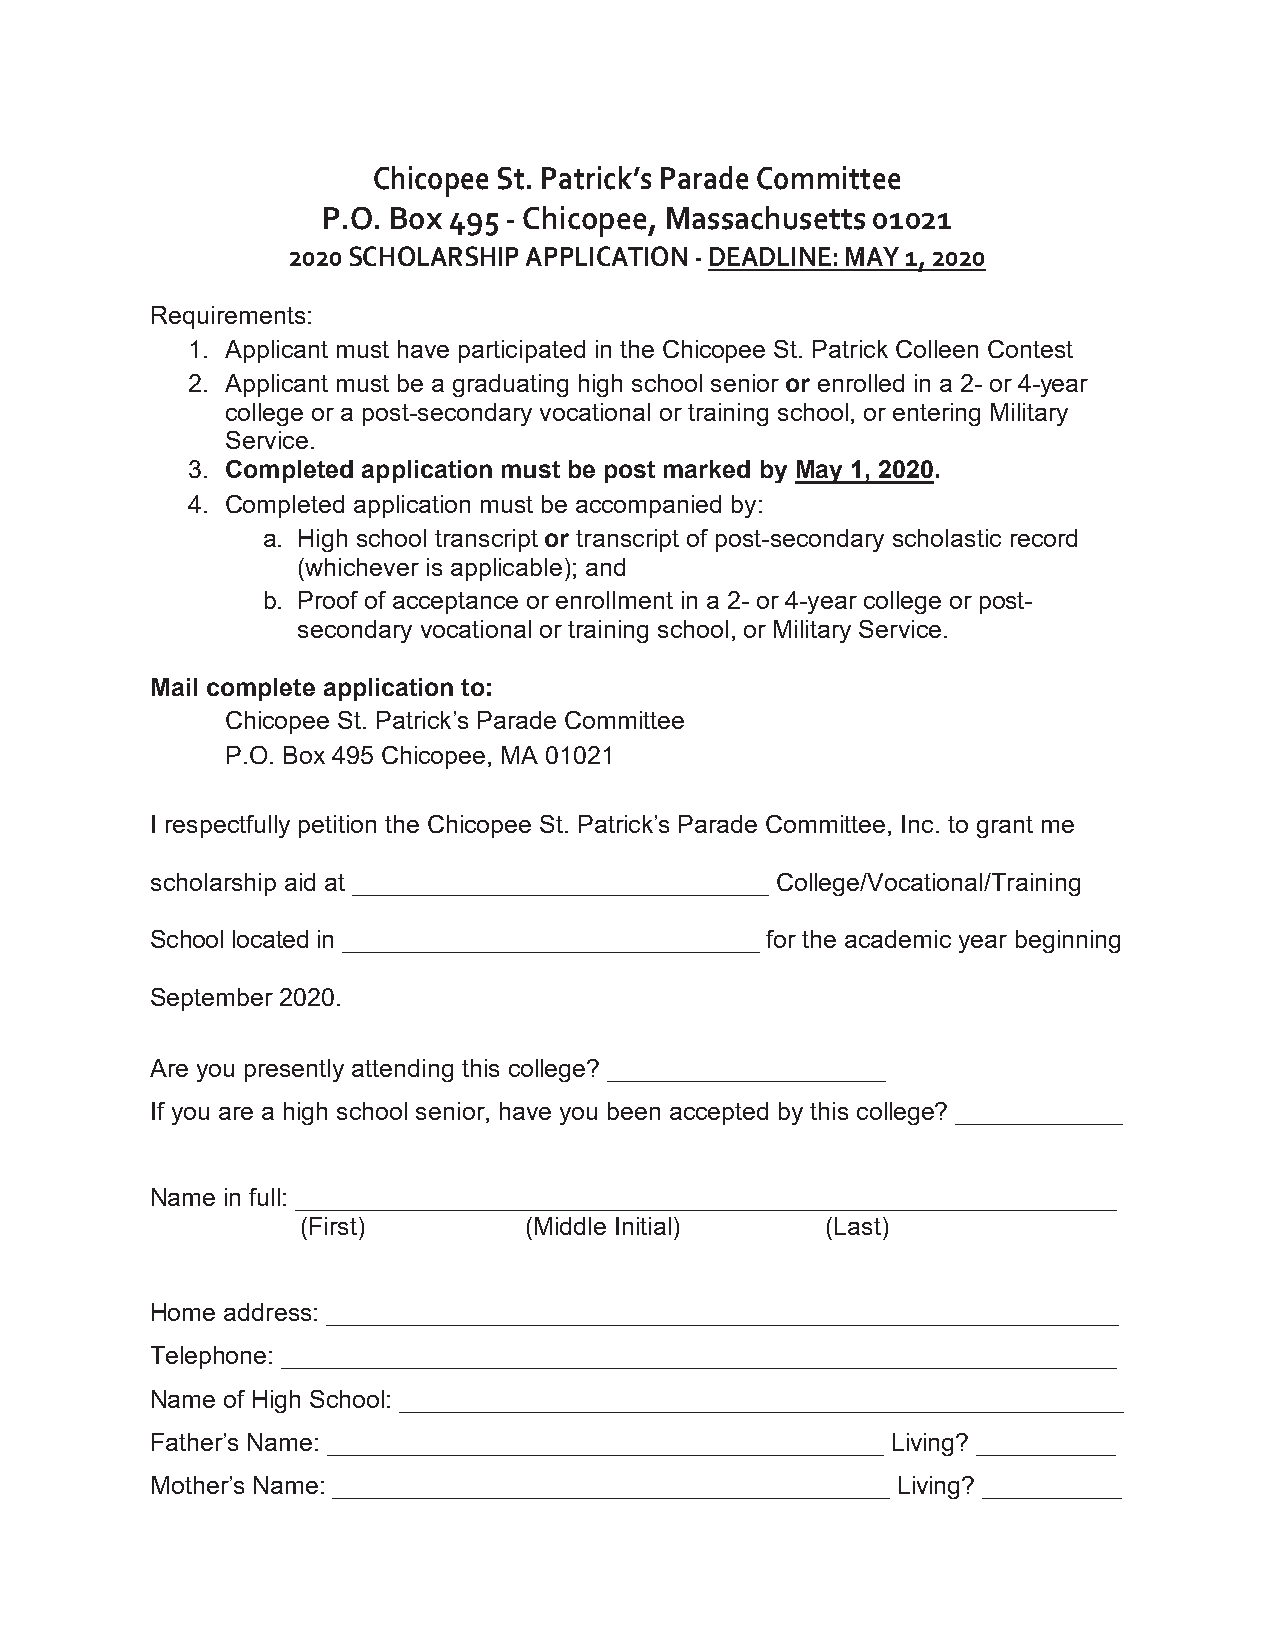
Chicopee St. Patrick’s Parade Committee
 P.O. Box 495 - Chicopee, Massachusetts 01021
 2020 SCHOLARSHIP APPLICATION - DEADLINE: MAY 1, 2020
 Requirements:
 1. Applicant must have participated in the Chicopee St. Patrick Colleen Contest
 2. Applicant must be a graduating high school senior or enrolled in a 2- or 4-year
 college or a post-secondary vocational or training school, or entering Military
 Service.
 3. Completed application must be post marked by May 1, 2020.
 4. Completed application must be accompanied by:
 a. High school transcript or transcript of post-secondary scholastic record
 (whichever is applicable); and
 b. Proof of acceptance or enrollment in a 2- or 4-year college or post-
 secondary vocational or training school, or Military Service.
 Mail complete application to:
 Chicopee St. Patrick’s Parade Committee
 P.O. Box 495 Chicopee, MA 01021
 I respectfully petition the Chicopee St. Patrick’s Parade Committee, Inc. to grant me
 scholarship aid at ______________________________ College/Vocational/Training
 School located in ______________________________ for the academic year beginning
 September 2020.
 Are you presently attending this college? ____________________
 If you are a high school senior, have you been accepted by this college? ____________
 Name in full: ___________________________________________________________
 (First)        (Middle Initial)    (Last)
 Home address: _________________________________________________________
 Telephone: ____________________________________________________________
 Name of High School: ____________________________________________________
 Father’s Name: ________________________________________ Living? __________
 Mother’s Name: ________________________________________ Living? __________